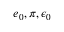
e _ { 0 } , \pi , \epsilon _ { 0 }